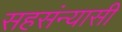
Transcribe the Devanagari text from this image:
सहसंन्यासी